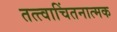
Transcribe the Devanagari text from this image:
तत्त्वाचिंतनात्मक